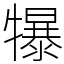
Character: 犦